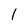
Character: I